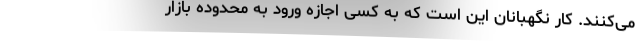
می‌کنند. کار نگهبانان این است که به کسی اجازه ورود به محدوده بازار